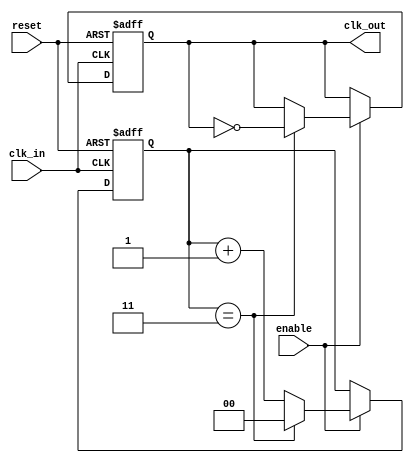
module clock_divider #(
    parameter DIV_FACTOR = 4  // Default division factor
)(
    input wire clk_in,        // Input clock signal
    input wire reset,         // Asynchronous reset signal
    input wire enable,        // Enable signal for clock division
    output reg clk_out        // Output clock signal
);

    // Internal counter
    reg [$clog2(DIV_FACTOR)-1:0] counter; // Counter width based on DIV_FACTOR

    // Always block triggered on the rising edge of clk_in
    always @(posedge clk_in or posedge reset) begin
        if (reset) begin
            counter <= 0;      // Reset counter
            clk_out <= 0;      // Reset output clock
        end else if (enable) begin
            if (DIV_FACTOR > 1) begin
                if (counter == DIV_FACTOR - 1) begin
                    clk_out <= ~clk_out; // Toggle output clock
                    counter <= 0;        // Reset counter
                end else begin
                    counter <= counter + 1; // Increment counter
                end
            end else begin
                clk_out <= clk_in; // If DIV_FACTOR is 1, output same as input
            end
        end
    end

endmodule